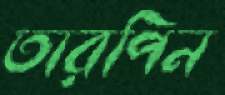
তারপিন